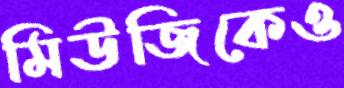
মিউজিকেও